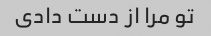
تو مرا از دست دادی